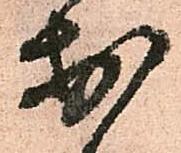
於